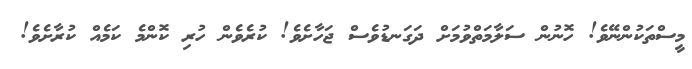
މީސްތަކުންނޭވެ! ހޮނުން ސަލާމަތްވުމަށް ދަގަނޑުވެސް ޖަހާށެވެ! ކުރެވެން ހުރި ކޮންމެ ކަމެއް ކުރާށެވެ!